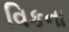
વિકના